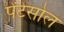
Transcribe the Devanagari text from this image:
पेंटेसोल